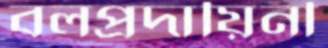
বলপ্রদায়িনী